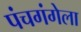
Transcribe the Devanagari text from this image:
पंचगंगेला